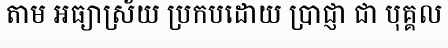
តាម អធ្យាស្រ័យ ប្រកបដោយ ប្រាជ្ញា ជា បុគ្គល